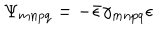
\Psi _ { m n p q } = - \bar { \epsilon } \gamma _ { m n p q } \epsilon